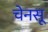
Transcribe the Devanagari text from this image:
चेनसू